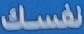
نفسك